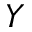
Y